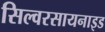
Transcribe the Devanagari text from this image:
सिल्वरसायनाइड